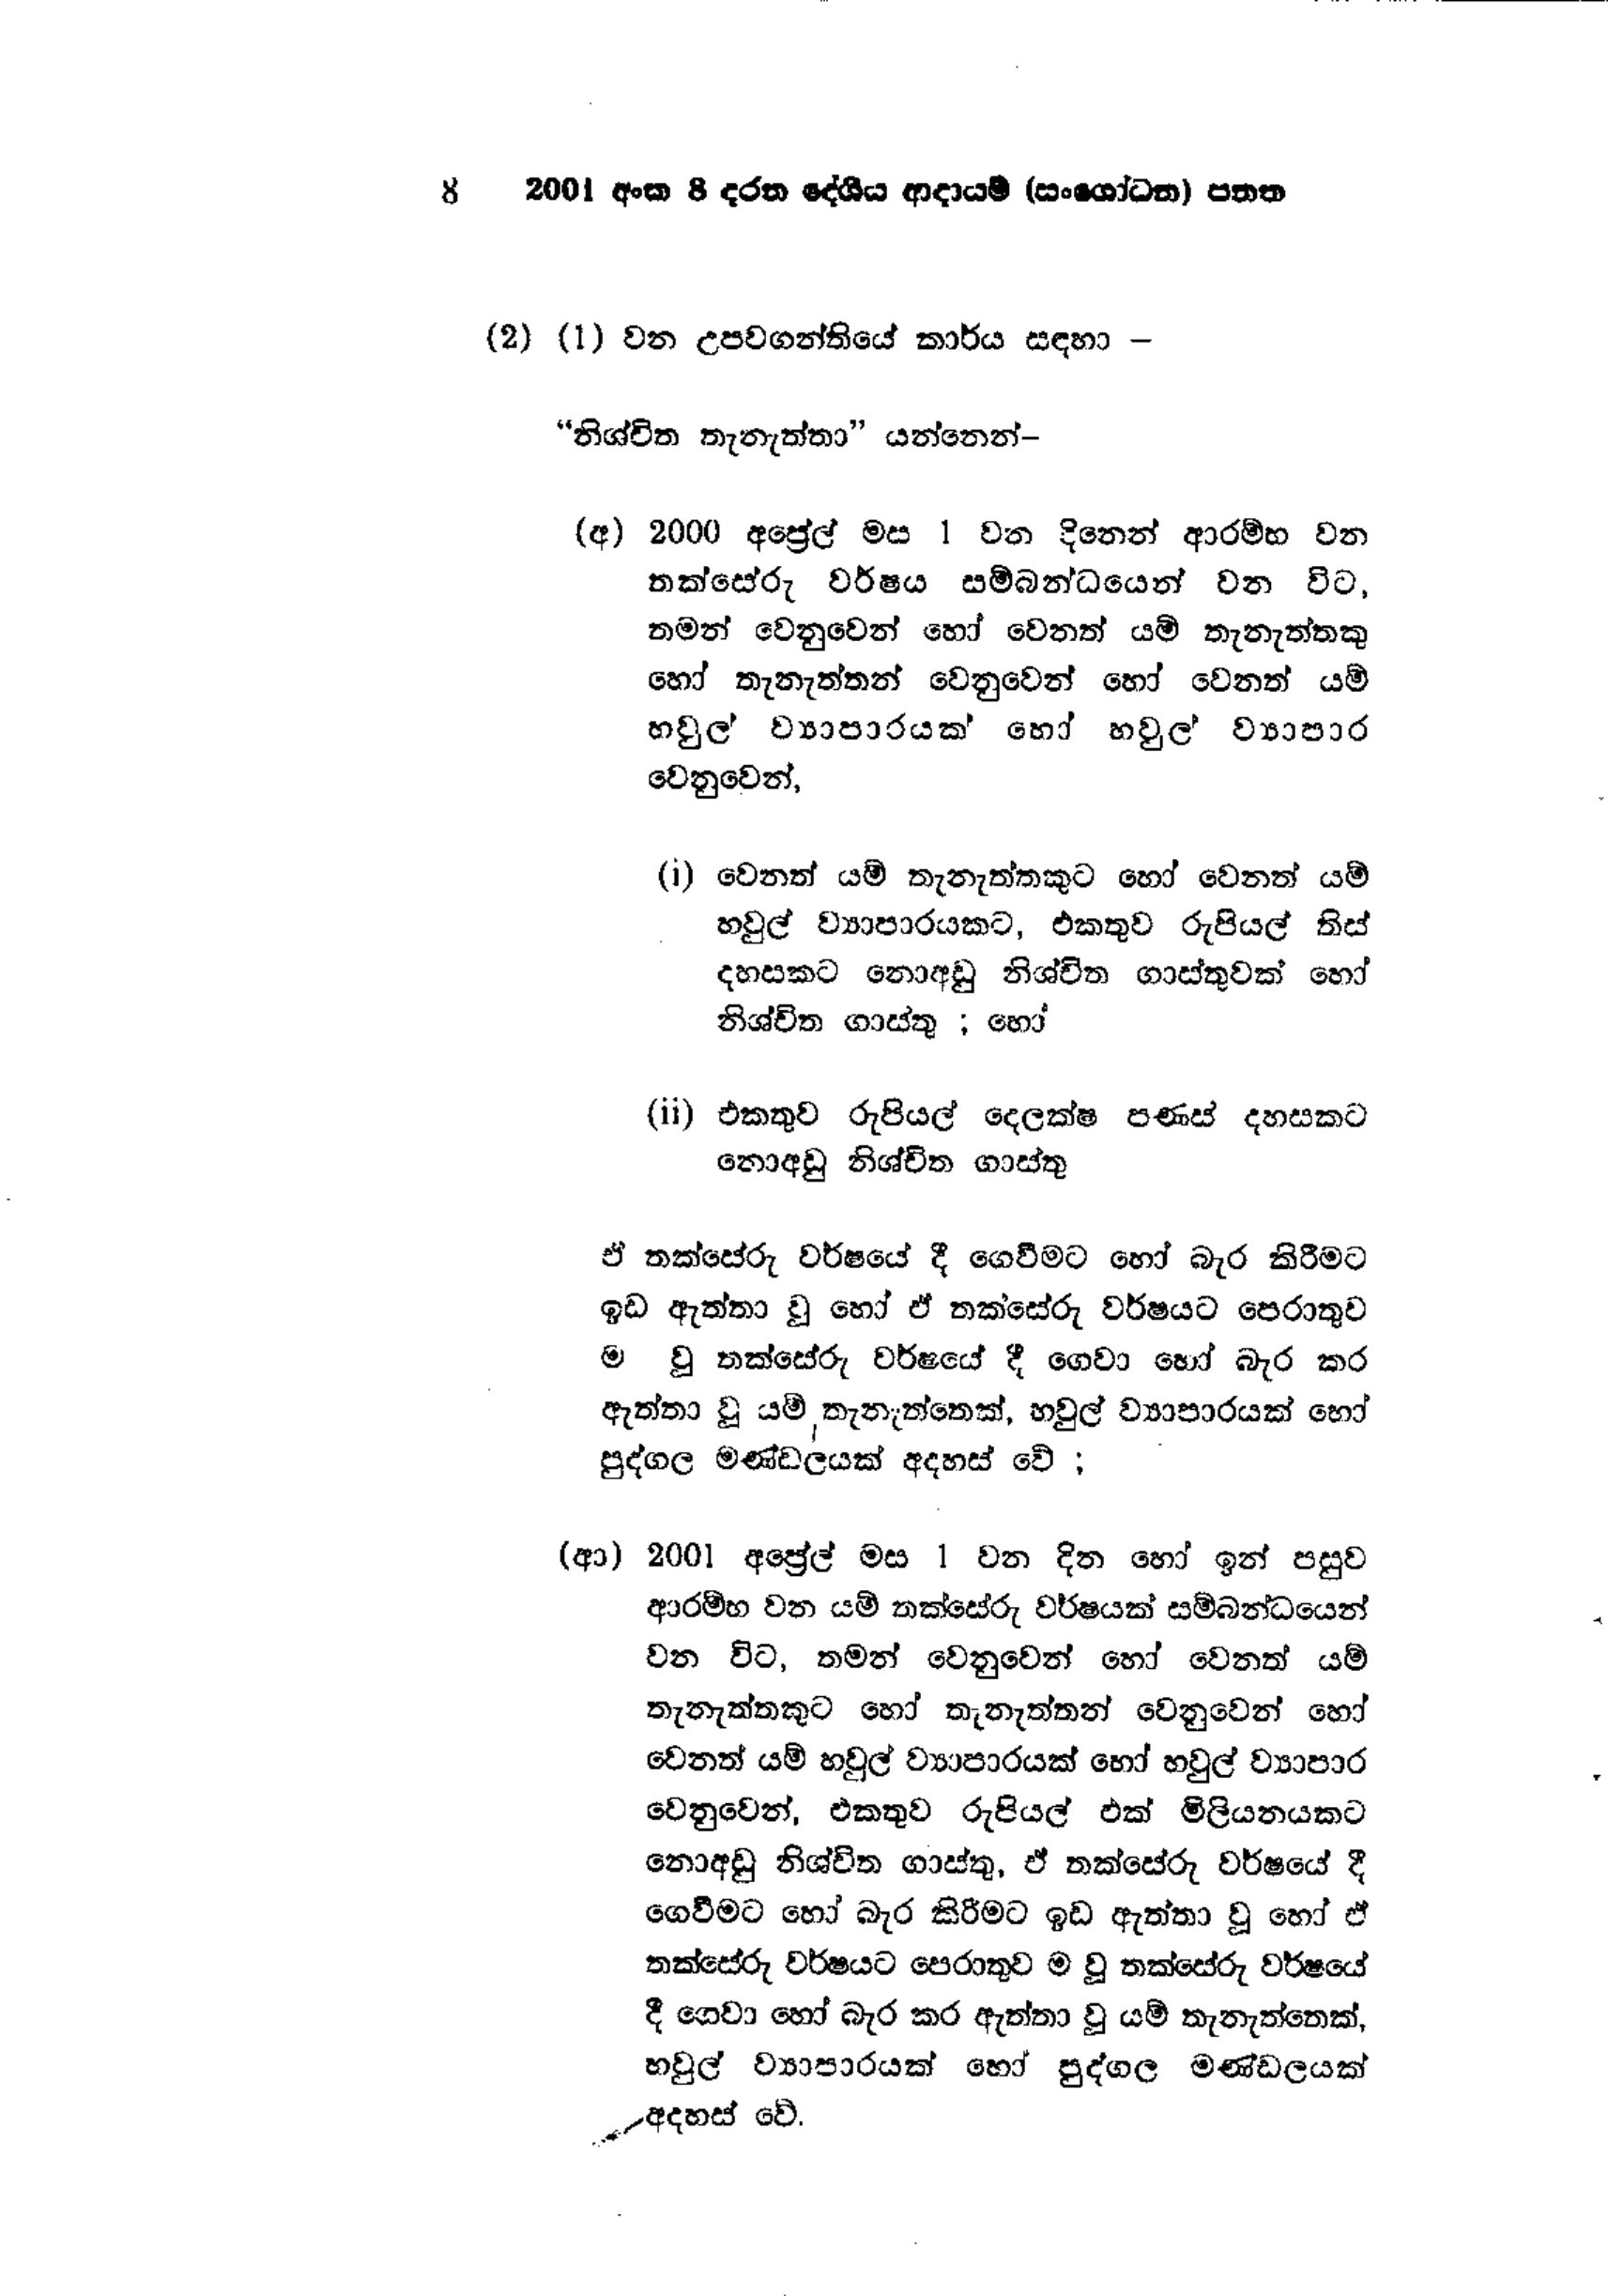
8 2001 අංක 8 දරන දේශීය ආදායම් (සංශෝධන) පනත

(2) (1) වන උපවගන්තියේ කාර්ය සඳහා -

" නිශ්චිත තැනැත්තා" යන්නෙන්-

(අ) 2000 අප්‍රේල් මස 1 වන දිනෙන් ආරම්භ වන
තක්සේරු වර්ෂය සම්බන්ධයෙන් වන විට,
තමන් වෙනුවෙන් හෝ වෙනත් යම් තැනැත්තකු
හෝ තැනැත්තන් වෙනුවෙන් හෝ වෙනත් යම්
හවුල් ව්‍යාපාරයක් හෝ හවුල් ව්‍යාපාර
වෙනුවෙන්,

( 1 ) වෙනත් යම් තැනැත්තකුට හෝ වෙනත් යම්
හවුල් ව්‍යාපාරයකට, එකතුව රුපියල් තිස්
දහසකට නොඅඩු නිශ්චිත ගාස්තුවක් හෝ
නිශ්චිත ගාස්තු ; හෝ

(ii) එකතුව රුපියල් දෙලක්ෂ පණස් දහසකට
නොඅඩු නිශ්චිත ගාස්තු

ඒ තක්සේරු වර්ෂයේ දී ගෙවීමට හෝ බැර කිරීමට
ඉඩ ඇත්තා වූ හෝ ඒ තක්සේරු වර්ෂයට පෙරාතුව
වු තක්සේරු වර්ෂයේ දී ගෙවා හෝ බැර කර
ඇත්තා වූ යම් තැනැත්තෙක්, හවුල් ව්‍යාපාරයක් හෝ
පුද්ගල මණ්ඩලයක් අදහස් වේ ;

(ආ) 2001 අප්‍රේල් මස 1 වන දින හෝ ඉන් පසුව
ආරම්භ වන යම් තක්සේරු වර්ෂයක් සම්බන්ධයෙන්
වන විට, තමන් වෙනුවෙන් හෝ වෙනත් යම්
තැනැත්තකුට හෝ තැනැත්තන් වෙනුවෙන් හෝ
වෙනත් යම් හවුල් ව්‍යාපාරයක් හෝ හවුල් ව්‍යාපාර
වෙනුවෙන්, එකතුව රුපියල් එක් මිලියනයකට
නොඅඩු නිශ්චිත ගාස්තු, ඒ තක්සේරු වර්ෂයේ දී
ගෙවීමට හෝ බැර කිරීමට ඉඩ ඇත්තා වූ හෝ ඒ
තක්සේරු වර්ෂයට පෙරාතුව ම වූ තක්සේරු වර්ෂයේ
දී ගෙවා හෝ බැර කර ඇත්තා වූ යම් තැනැත්තෙක්,
හවුල් ව්‍යාපාරයක් හෝ පුද්ගල මණ්ඩලයක්
අදහස් වේ.